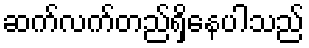
ဆက်လက်တည်ရှိနေပါသည်